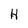
Character: H